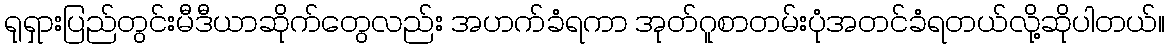
ရုရှားပြည်တွင်းမီဒီယာဆိုက်တွေလည်း အဟက်ခံရကာ အုတ်ဂူစာတမ်းပုံအတင်ခံရတယ်လို့ဆိုပါတယ်။